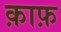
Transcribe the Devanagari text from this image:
क़ाफ़